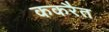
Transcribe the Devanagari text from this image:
ककरैत